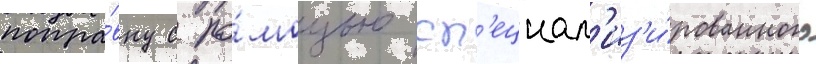
попра́вку с по́мощью сп'ециал'из'и́рованного